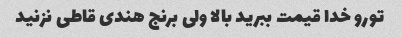
تورو خدا قیمت ببرید بالا ولی برنج هندی قاطی نزنید